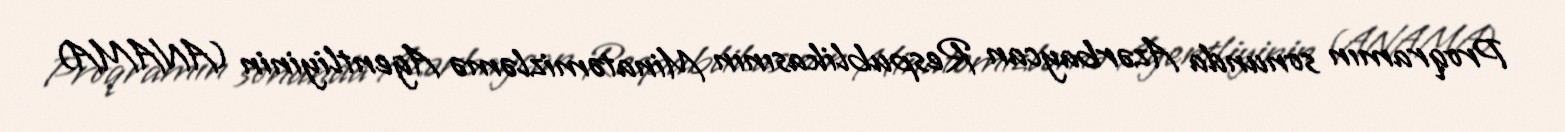
Proqramın sonunda Azərbaycan Respublikasının Minatəmizləmə Agentliyinin (ANAMA)